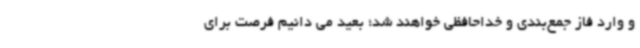
و وارد فاز جمع‌بندی و خداحافظی خواهند شد؛ بعید می دانیم فرصت برای